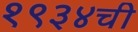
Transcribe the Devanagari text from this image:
१९३४ची